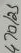
Text: 470/25